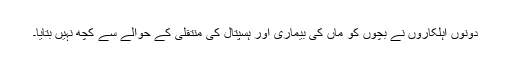
دونوں اہلکاروں نے بچوں کو ماں کی بیماری اور ہسپتال کی منتقلی کے حوالے سے کچھ نہیں بتایا۔